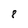
Character: 8